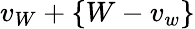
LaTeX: v_{W}+\{ W-v_{w}\}